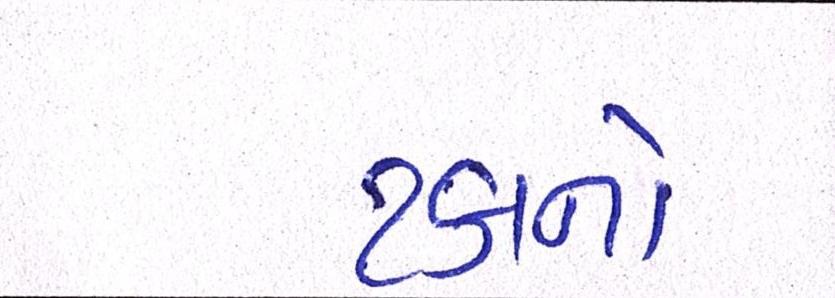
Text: ટકાનો